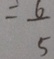
= \frac { 6 } { 5 }